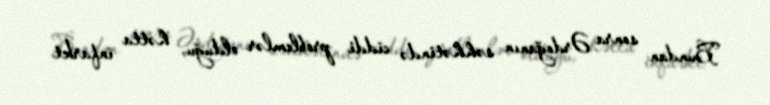
Bundan sonra Ərdoğanın səhhətində ciddi problemlər olduğu, hətta infarkt